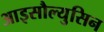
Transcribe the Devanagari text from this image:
आइसौल्युसिन